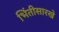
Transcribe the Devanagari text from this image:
भिंतीसारखे